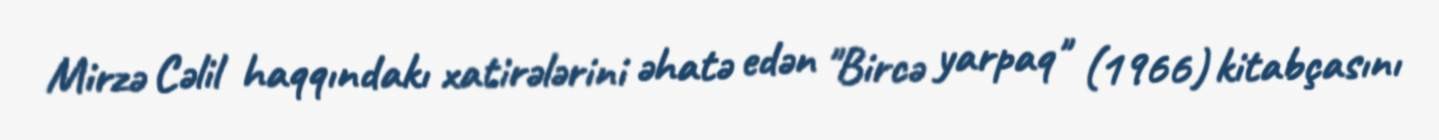
Mirzə Cəlil haqqındakı xatirələrini əhatə edən "Bircə yarpaq" (1966) kitabçasını